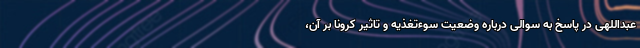
عبداللهی در پاسخ به سوالی درباره وضعیت سوءتغذیه و تاثیر کرونا بر آن،